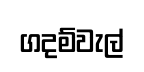
ගදම්වැල්